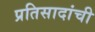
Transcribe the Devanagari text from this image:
प्रतिसादांची